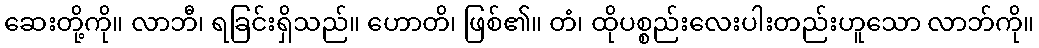
ဆေးတို့ကို။ လာဘီ၊ ရခြင်းရှိသည်။ ဟောတိ၊ ဖြစ်၏။ တံ၊ ထိုပစ္စည်းလေးပါးတည်းဟူသော လာဘ်ကို။